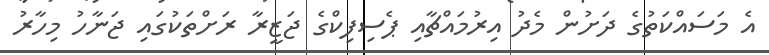
އެ މަސައްކަތުގެ ދަށުން މެދު އިރުމައްޗާއި ޕެސިފިކްގެ ޖަޒީރާ ރަށްތަކުގައި ޖަނާހު މިހާރު